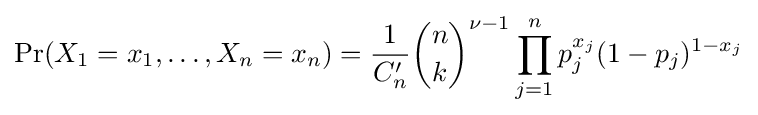
\Pr(X_{1}=x_{1},\ldots ,X_{n}=x_{n})={\frac {1}{C_{n}'}}{\binom {n}{k}}^{\nu -1}\prod _{j=1}^{n}p_{j}^{x_{j}}(1-p_{j})^{1-x_{j}}